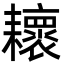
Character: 耲